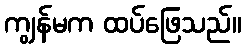
ကျွန်မက ထပ်ဖြေသည်။